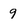
Character: 9